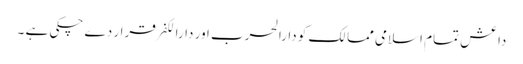
داعش تمام اسلامی ممالک کو دارالحرب اور دارالکفر قرار دے چکی ہے ۔